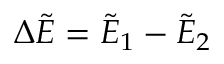
\Delta \tilde { E } = \tilde { E } _ { 1 } - \tilde { E } _ { 2 }